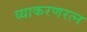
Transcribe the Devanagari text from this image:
व्याकरणरत्न